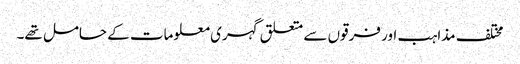
مختلف مذاہب اور فرقوں سے متعلق گہری معلومات کے حامل تھے۔